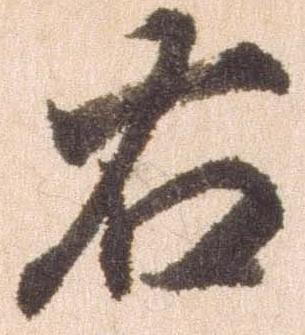
右